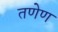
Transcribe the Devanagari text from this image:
तणेण